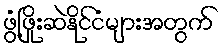
ဖွံ့ဖြိုးဆဲနိုင်ငံများအတွက်